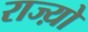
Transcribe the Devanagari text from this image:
राज्य़ो